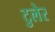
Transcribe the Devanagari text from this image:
टुलेर